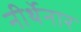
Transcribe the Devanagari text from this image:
नीर्थेनार